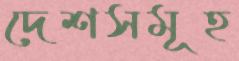
দেশসমূহ